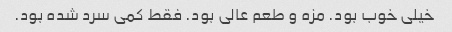
خیلی خوب بود. مزه و طعم عالی بود. فقط کمی سرد شده بود.